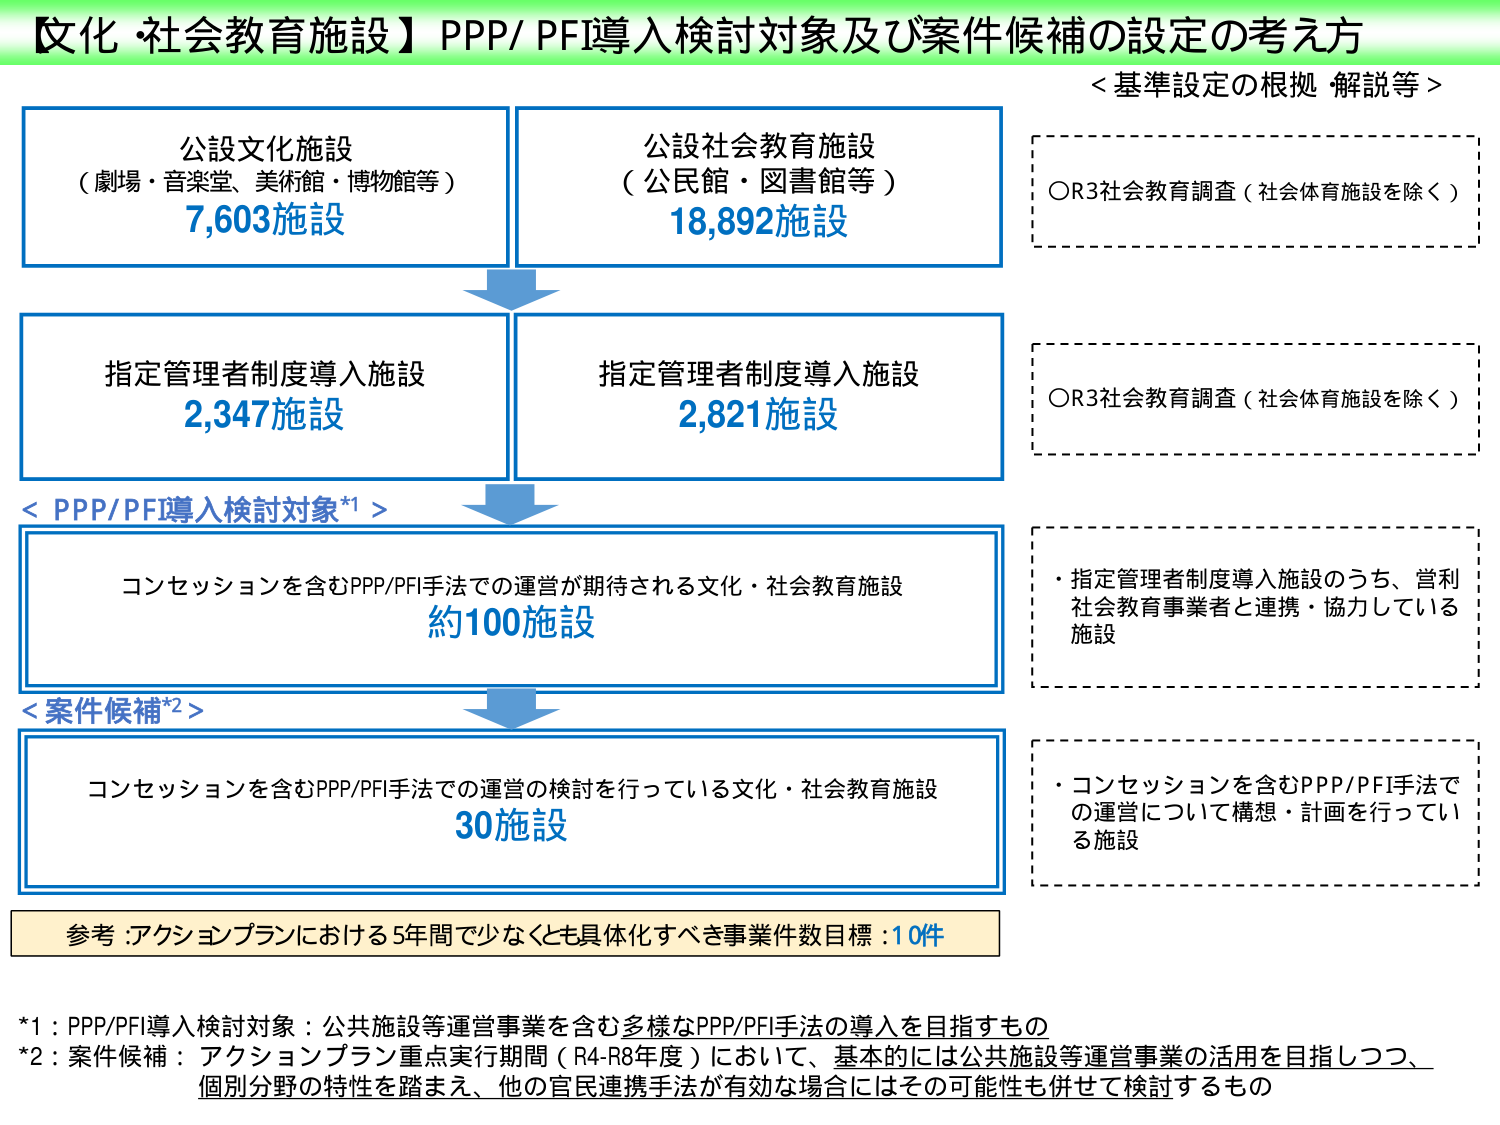
【文化・社会教育施設】PPP/PFI導入検討対象及び案件候補の設定の考え方

<基準設定の根拠・解説等>
OR3社会教育調査（社会体育施設を除く）
OR3社会教育調査（社会体育施設を除く）
・指定管理者制度導入施設のうち、営利社会教育事業者と連携・協力している施設
・コンセッションを含むPPP/PFI手法での運営について構想・計画を行っている施設

公設文化施設
（劇場・音楽堂、美術館・博物館等）
7,603施設

公設社会教育施設
（公民館・図書館等）
18,892施設

指定管理者制度導入施設
2,347施設

指定管理者制度導入施設
2,821施設

<PPP/PFI導入検討対象*1>
コンセッションを含むPPP/PFI手法での運営が期待される文化・社会教育施設
約100施設

<案件候補*2>
コンセッションを含むPPP/PFI手法での運営の検討を行っている文化・社会教育施設
30施設

参考：アクションプランにおける5年間で少なくとも具体化すべき事業件数目標：10件

*1：PPP/PFI導入検討対象：公共施設等運営事業を含む多様なPPP/PFI手法の導入を目指すもの
*2：案件候補：アクションプラン重点実行期間（R4-R8年度）において、基本的には公共施設等運営事業の活用を目指しつつ、個別分野の特性を踏まえ、他の官民連携手法が有効な場合にはその可能性も併せて検討するもの